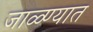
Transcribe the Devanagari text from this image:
जाळ्ण्यात